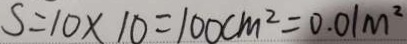
S = 1 0 \times 1 0 = 1 0 0 c m ^ { 2 } = 0 . 0 1 m ^ { 2 }